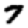
Digit: 7